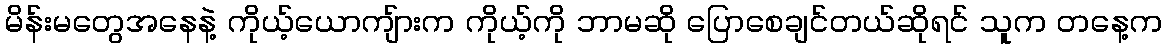
မိန်းမတွေအနေနဲ့ ကိုယ့်ယောကျ်ားက ကိုယ့်ကို ဘာမဆို ပြောစေချင်တယ်ဆိုရင် သူက တနေ့က